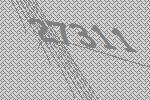
27311